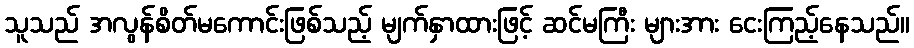
သူသည် အလွန်စိတ်မကောင်းဖြစ်သည့် မျက်နှာထားဖြင့် ဆင်မကြီး များအား ငေးကြည့်နေသည်။